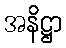
အနိဋ္ဌာ